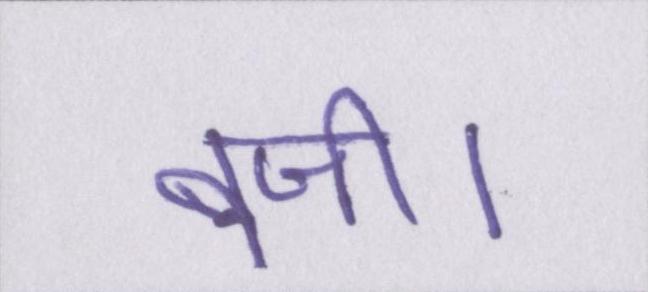
बजी।